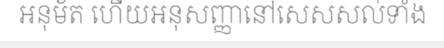
អនុម័ត ហើយអនុសញ្ញានៅសេសសល់ទាំង